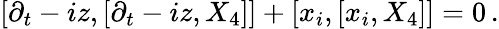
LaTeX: [\partial_{t}-iz,[\partial_{t}-iz,X_{4}]]+[x_{i},[x_{i},X_{4}]]=0\, .